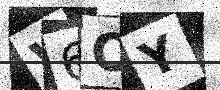
Text: V6OY